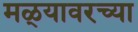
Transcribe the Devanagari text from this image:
मळ्यावरच्या